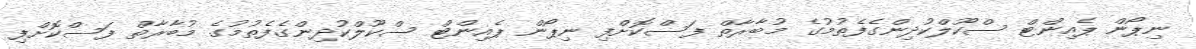
ނިޕޯން ޕެއިންޓް ސްކޫލްކުދިންގެފެތުމުގެ މުބާރާތް ފަސްކޮށްފި ނިޕޯން ޕެއިންޓް ސްކޫލްކުދިންގެފެތުމުގެ މުބާރާތް ފަސްކޮށްފި